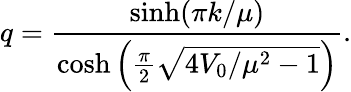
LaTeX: q=\frac{\sinh(\pi k/\mu)}{\cosh\left({\frac{\pi}{2}\sqrt{4V_{0}/\mu^{2}-1}}\right)}.